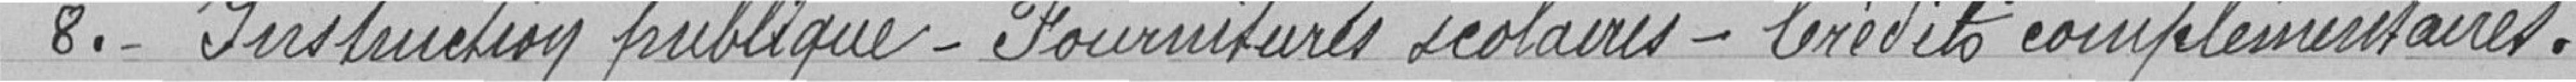
8.- Instruction publique - Fournitures scolaires - Crédits complémentaires.